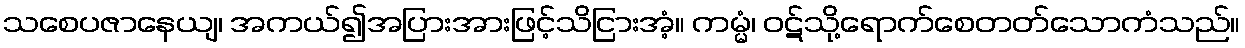
သစေပဇာနေယျ၊ အကယ်၍အပြားအားဖြင့်သိငြားအံ့။ ကမ္မံ၊ ဝဋ်သို့ရောက်စေတတ်သောကံသည်။